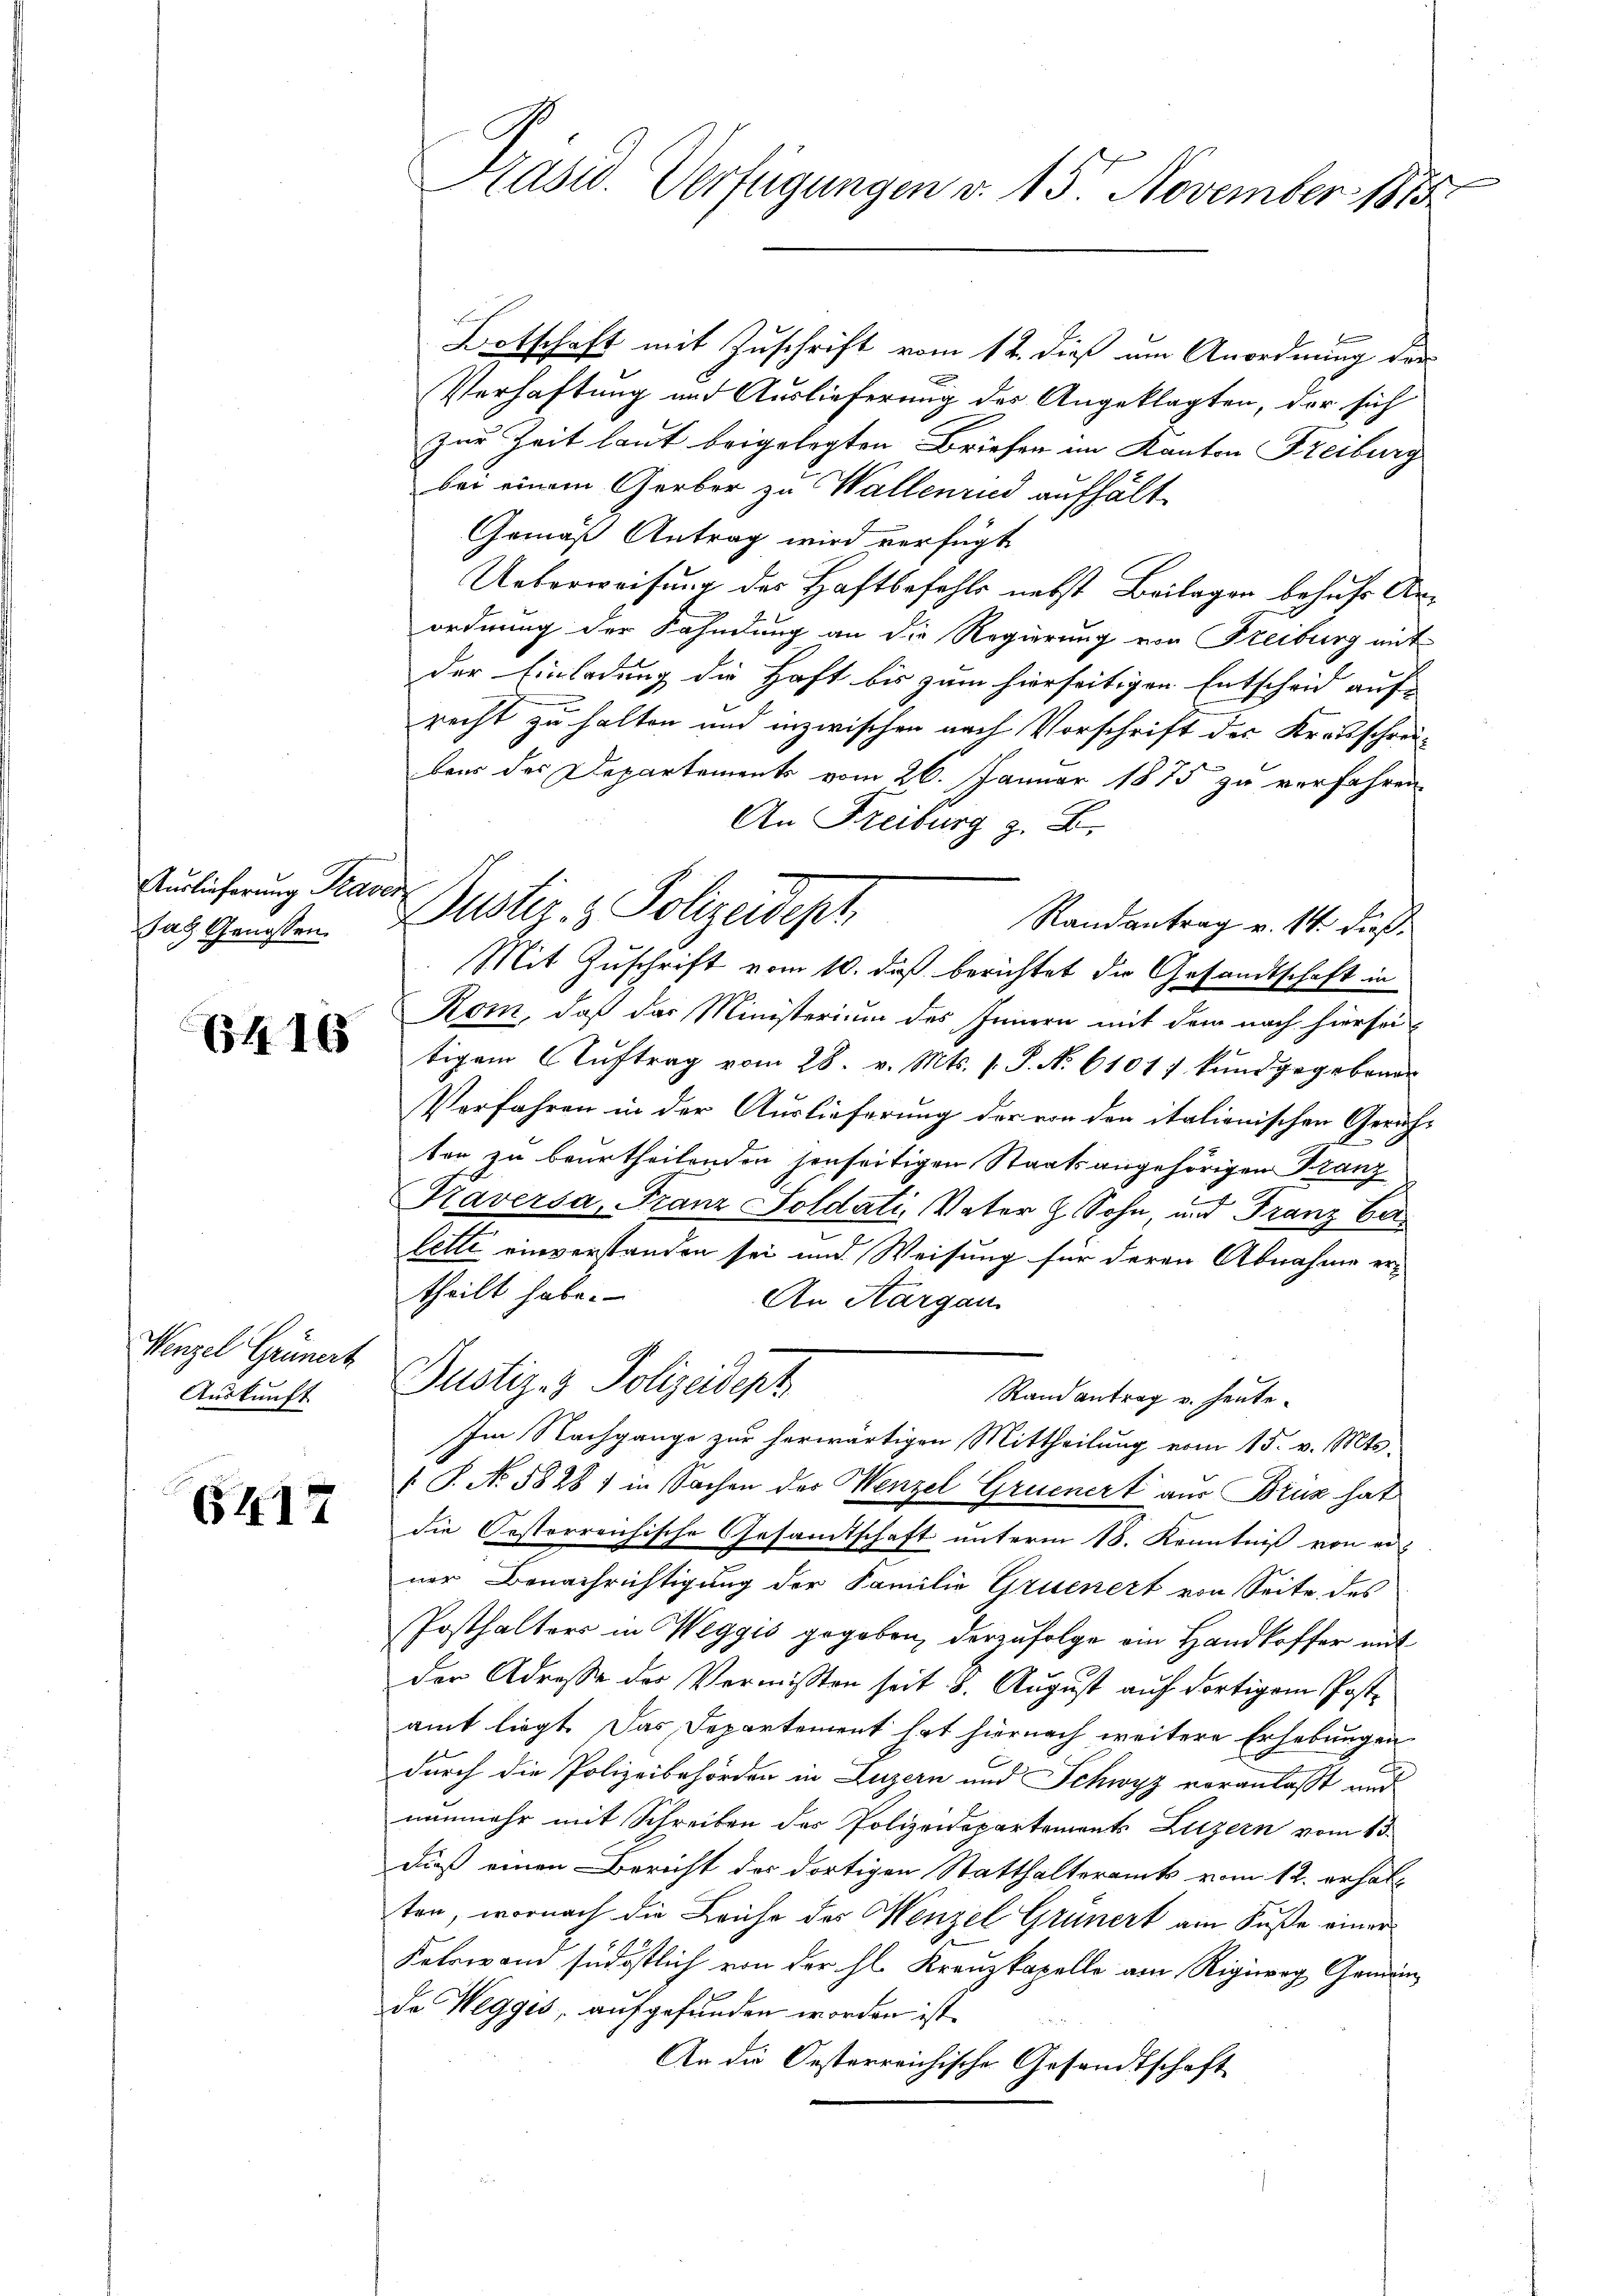
Auslieferung Traver
Jac Genossen.

6416

Wenzel Grünert
Auskunft

6417

Botschaft mit Zuschrift vom 12. dieß um Anordnung des
Verhaftung und Auslieferung des Angeklagten, der sich
zur Zeit laut beigelegten Briefer im Kanton Freiburg
bei einem Gerber zu Wallenend aufhält
Gemäß Antrag wird verfügt
Ueberweisung des Haftbefehls nebst Beilagen behufs Anordnung der Fahndung an die Regierung von Freiburg mit
der Einladung die Haft bis zum hierseitigen Entscheid auf
recht zu halten und inzwischen nach Vorschrift des Kreisschreibens des Departements vom 26. Januar 1875 zu verfahren
Randantrag v. 14. dieß¬
Mit Zuschrift vom 10. daß berichtet die Gesandtschaft in
Kom, daß das Ministerium des Innern mit dem nach hiersei
tigem Aŭftrag vom 28. v. Mts. s. S. No 6101/ kŭnd gegebener
Verfahren in der Auslieferung der von den italionischen Gerichten zu beurtheilenden senseitigen Staatsangehörigen Franz
Kaversa, Franz Soldati, Vater z. Sohn und Franz ber
lette einverstanden sei und Weisung für deren Abnahme er-
theilt habe.
An Aargau.
Justiz- & Polizeident
Randantrag v. heute.
Im Nachgange zur herwärtigen Mittheilung vom 15. v. Mts.
 P. No. 5828) in Sachen des Wenzel Gruenert aus Brük hat
die Oesterreichische Gesamtschaft unterm 18. Kenntniß von einer Benachrichtigung der Familie Gruenert von Seite des
Posthalters in Weggis gegeben, derzufolge ein Handkoffer mit
der Adresse des Vermißten seit 8. August auf dortigem Postamt liegt. Das Departement hat hiernach weitere Erhebungen
durch die Polizeibehörden in Luzern und Schwyz voranlaßt und
nunmehr mit Schreiben des Polizeidepartements Luzern vom 13.
dieß einen Bericht des dortigen Statthalteramts vom 12. erhalten, wornach die Leihe des Menzel Grünert am Fuße einer
d
Kelriam südöstlich von der hl. Krenzkapelle am Rigiwag Gemeinda Weggis, aufgefunden worden ist.
An die Oesterreichische Gesandtschaft

Lasid. Verfügungen v. 15. November 1875

An Freiburg z. B.
Dustiz- & Polizeideph